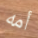
أمه